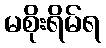
မစိုးရိမ်ရ